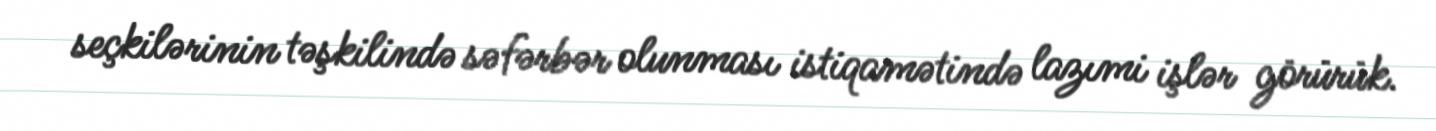
seçkilərinin təşkilində səfərbər olunması istiqamətində lazımi işlər görürük.